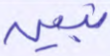
نبين